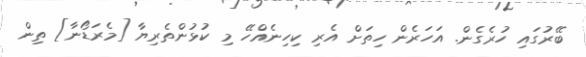
ބޭރުގައި ހުރެގެން. އަހަރެން ހިތަށް އެރި ކިހިނެއްހޭ މި ކުޅުންތެރިޔާ [މެރަޑޯނާ] ތިން